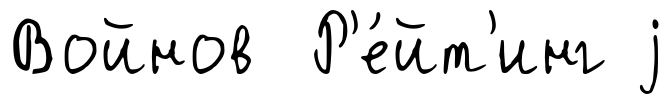
Войнов Р'е́йт'инг j